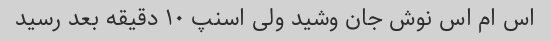
اس ام اس نوش جان وشید ولی اسنپ ١٠ دقیقه بعد رسید